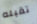
تقبله